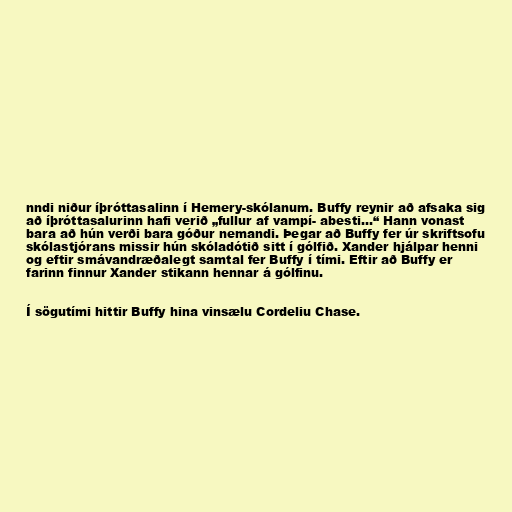
nndi niður íþróttasalinn í Hemery-skólanum. Buffy reynir að afsaka sig
að íþróttasalurinn hafi verið „fullur af vampí- abesti...“ Hann vonast
bara að hún verði bara góður nemandi. Þegar að Buffy fer úr skriftsofu
skólastjórans missir hún skóladótið sitt í gólfið. Xander hjálpar henni
og eftir smávandræðalegt samtal fer Buffy í tími. Eftir að Buffy er
farinn finnur Xander stikann hennar á gólfinu.

Í sögutími hittir Buffy hina vinsælu Cordeliu Chase.